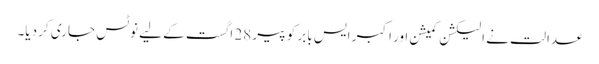
عدالت نے الیکشن کمیشن اور اکبر ایس بابر کو پیر 28 اگست کے لیے نوٹس جاری کر دیا۔